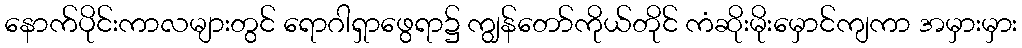
နောက်ပိုင်းကာလများတွင် ရောဂါရှာဖွေရာ၌ ကျွန်တော်ကိုယ်တိုင် ကံဆိုးမိုးမှောင်ကျကာ အမှားမှား